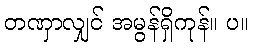
တဏှာလျှင် အမွန်ရှိကုန်။ ပ။